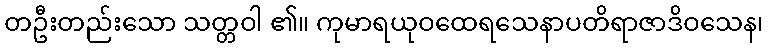
တဦးတည်းသော သတ္တဝါ ၏။ ကုမာရယုဝထေရသေနာပတိရာဇာဒိဝသေန၊